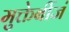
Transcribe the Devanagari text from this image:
मुक्तेर्बीजं